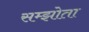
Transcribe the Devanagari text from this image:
सम्झोता